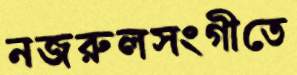
নজরুলসংগীতে